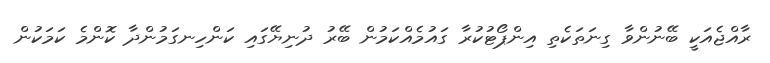
ރާއްޖެއަކީ ބޭނުންވާ ގިނަތަކެތި އިންޕޯޓުކުރާ ގައުމެއްކަމުން ބޭރު ދުނިޔޭގައި ކަންހިނގަމުންދާ ކޮންމެ ކަމަކުން